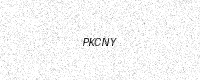
Text: PKCNY